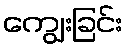
ကျွေးခြင်း